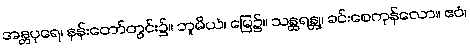
အန္တပုရေ၊ နန်းတော်တွင်း၌။ ဘူမိယံ၊ မြေ၌။ သန္ထရန္တု၊ ခင်းစေကုန်လော။ ဧဝံ၊